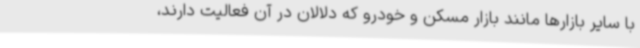
با سایر بازارها مانند بازار مسکن و خودرو که دلالان در آن فعالیت دارند،